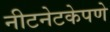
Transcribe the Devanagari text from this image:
नीटनेटकेपणे